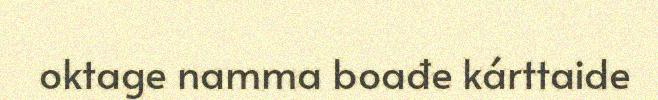
oktage namma boađe kárttaide